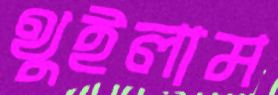
থুইলাম